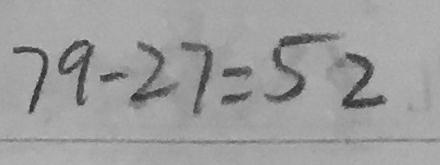
7 9 - 2 7 = 5 2